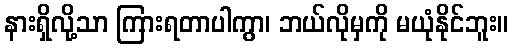
နားရှိလို့သာ ကြားရတာပါကွာ၊ ဘယ်လိုမှကို မယုံနိုင်ဘူး။